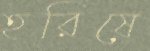
হরিষে